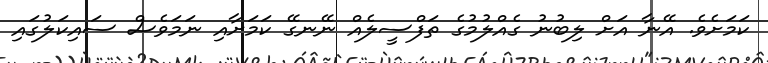
ކަމަށެވެ. އޭނާ އަށް ލިބުނު ގެއްލުމުގެ ތަފްސީލެއް ނޭނގޭ ކަމަށާއި ނަމަވެސް ސައިކަލުގައި